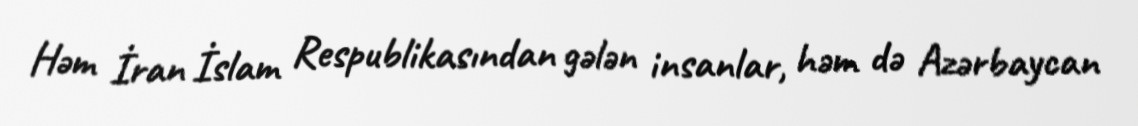
Həm İran İslam Respublikasından gələn insanlar, həm də Azərbaycan